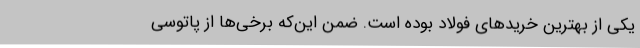
یکی از بهترین خریدهای فولاد بوده است. ضمن این‌که برخی‌ها از پاتوسی